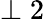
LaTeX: \perp 2